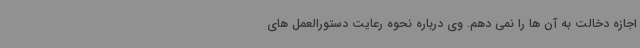
اجازه دخالت به آن ها را نمی دهم. وی درباره نحوه رعایت دستورالعمل های